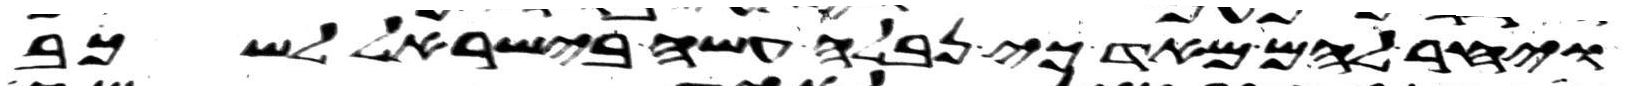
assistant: ויחר להם מאד כי נבלה עשה בישראל לשכב